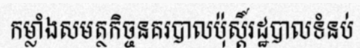
កម្លាំងសមត្ថកិច្ចនគរបាលប៉ុស្តិ៍រដ្ឋបាលទំនប់